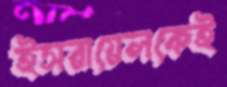
ইসরায়েলকেই